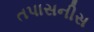
તપાસનીસ